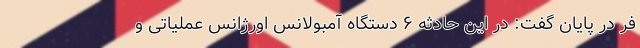
فر در پایان گفت: در این حادثه ۶ دستگاه آمبولانس اورژانس عملیاتی و